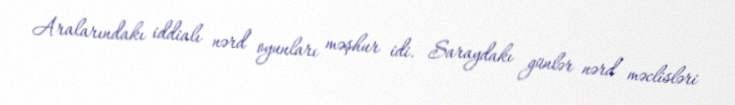
Aralarındakı iddialı nərd oyunları məşhur idi. Saraydakı günlər nərd məclisləri